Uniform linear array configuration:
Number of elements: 24
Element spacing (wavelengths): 0.5
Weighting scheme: hamming
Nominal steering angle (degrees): -60
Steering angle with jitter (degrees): -58.556
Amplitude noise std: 0.05
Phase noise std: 0.05

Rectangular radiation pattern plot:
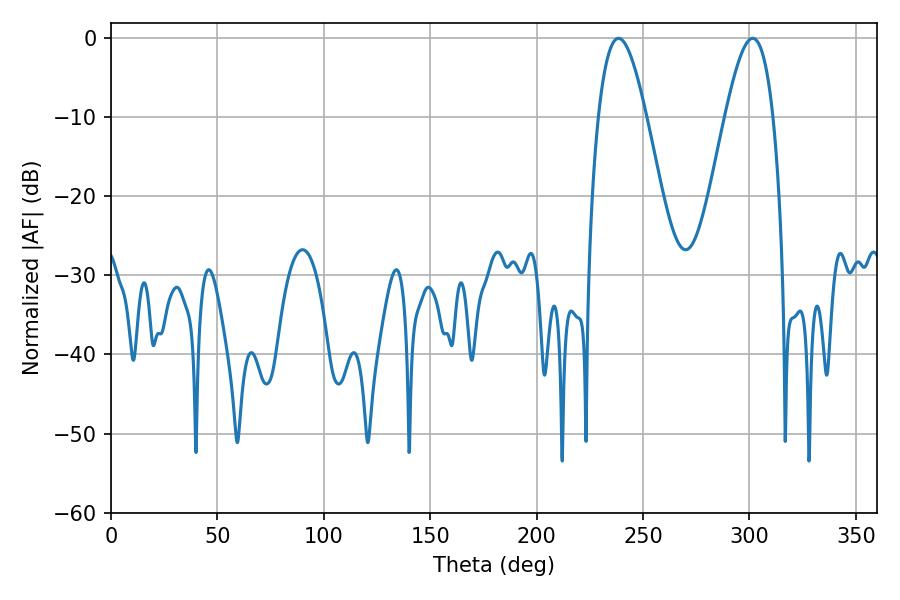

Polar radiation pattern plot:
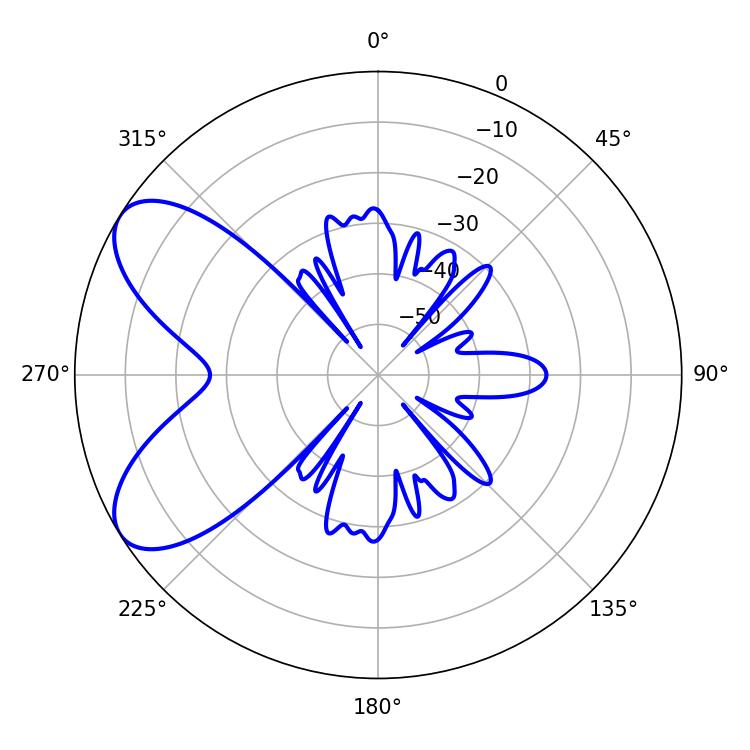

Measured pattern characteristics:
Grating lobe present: FALSE
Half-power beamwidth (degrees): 12.24
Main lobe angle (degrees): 238.5